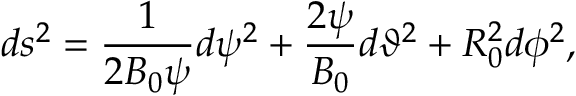
d s ^ { 2 } = \frac { 1 } { 2 B _ { 0 } \psi } d \psi ^ { 2 } + \frac { 2 \psi } { B _ { 0 } } d \vartheta ^ { 2 } + R _ { 0 } ^ { 2 } d \phi ^ { 2 } ,